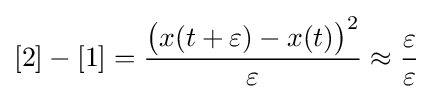
[2]-[1]={\frac {{\big (}x(t+\varepsilon )-x(t){\big )}^{2}}{\varepsilon }}\approx {\frac {\varepsilon }{\varepsilon }}